Vital statistics of India. Vol. IV, Annual returns from 1871 to 1876. British Army of India, Native Army and jails of Bengal
Year: 1871
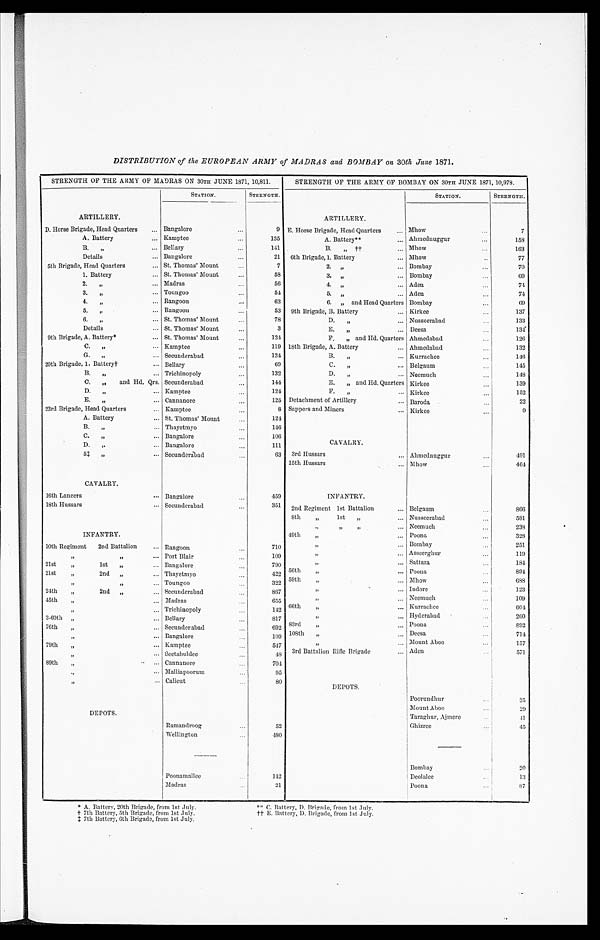
DISTRIBUTION of the EUROPEAN ARMY of MADRAS and BOMBAY on 30th June 1871.
STRENGTH OF THE ARMY OF MADRAS ON 30TH JUNE 1871, 10,811.
STRENGTH OF THE ARMY OF BOMBAY ON 30TH JUNE 1871, 10,978.
STATION.
STRENGTH.
STATION.
STRENGTH.
ARTILLERY.
ARTILLERY.
D. Horse Brigade, Head Quarters
Bangalore
9 E. Horse Brigade, Head Quarters
Mhow
7
A. Battery
Kamptee
135
A. Battery**
Ahmednuggur
158
B. "
Bellary
141
B. " ††
Mhow
163
Details
Bangalore
21 6th Brigade, 1. Battery
Mhow
77
5th Brigade, Head Quarters
St. Thomas' Mount
7
2. "
Bombay
70
1. Battery
St. Thomas' Mount
58
3. "
Bombay
69
2. "
Madras
56
4. "
Aden
74
3. "
Toungoo
54
5. "
Aden
74
4. "
Rangoon
63
6. " and Head Quarters Bombay
69
5. "
Rangoon
53 9th Brigade, B. Battery
Kirkee
137
6. "
St. Thomas' Mount
78
D. "
Nusseerabad
133
Details
St. Thomas' Mount
3
E. "
Deesa
1 3 4
9th Brigade, A. Battery*
St. Thomas' Mount
124
F. and Hd. Quarters Ahmedabad
126
C. "
Kamptee
119 18th Brigade, A. Battery
Ahmedabad
132
G. "
Secunderabad
124
B. "
Kurrachee
146
20th Brigade, 1. Battery†
Bellary
69
C. "
Belgaum
145
B.
Trichinopoly
132
D. "
Neemuch
148
C. " and Hd. Qrs. Secunderabad
144
E. " and Hd. Quarters Kirkee
139
D.
Kamptee
124
F. "
Kirkee
152
E. "
Cannanore
125 Detachment of Artillery
Baroda
22
23rd Brigade, Head Quarters
Kamptee
8 Sappers and Miners
Kirkee
9
A. Battery
St. Thomas' Mount
124
B. "
Thayetmyo
146
C. "
Bangalore
106
D. "
Bangalore
111
CAVALRY.
5‡ "
Secunderabad
63 3rd Hussars
Ahmednuggur
491
15th Hussars
Mhow
464
CAVALRY.
16th Lancers
Bangalore
459
INFANTRY.
18th Hussars
Secunderabad
3 5 1 2nd Regiment 1st Battalion
Belgaum
866
8th " 1st "
Nusseerabad
581
" " "
Neemuch
238
INFANTRY.
49th "
Poona
328
10th Regiment 2nd Battalion
Rangoon
710
" Bombay
251
" "
Port Blair
109
" Asseerghur
119
21st " 1st "
Bangalore
790
"
Sattara
184
2 1 s t " 2 n d "
Thayetmyo
422 56th "
Poona
89
4
" "
Toungoo
322 59th "
Mhow
688
24th 2nd "
Secunderabad
867
" "
Indore
123
45th "
Madras
655
" "
Neemuch
109
Trichinopoly
142 66th "
Kurrachee
6 0 4
3-60th
Bellary
817
" "
Hyderabad
2 6 0
7 6 t h "
Secunderabad
692 8 3 r d "
Poona
892
"
Bangalore
109 108th "
Deesa
7 1 4
7 9 t h "
Kamptee
547
"
Mount Aboo
157
"
S e e t a b u l d e e
4 8 3rd Battalion Rifle Brigade
Aden
571
89th "
Cannanore
704
" Malliapoorum
95
" Calicut
80
DEPOTS.
Poorundhur
25
Mount Aboo
29
DEPOTS.
Taraghur, Ajmere
41
Ramandroog
52
Ghizree
45
Wellington
480
Bombay
20
Poonamallee
142
Deolalee
13
Madras
21
Poona
87
* A. Battery, 20th Brigade, from 1st July.
** C. Battery, D. Brigade, from 1st July.
† 7th Battery, 5th Brigade, from 1st July.
†† E. Battery, D. Brigade, from 1st July.
‡ 7th Battery, 6th Brigade, from l st July.